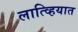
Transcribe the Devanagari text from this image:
लात्व्हियात